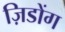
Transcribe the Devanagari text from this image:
ज़िडोंग